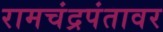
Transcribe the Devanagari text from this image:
रामचंद्रपंतावर